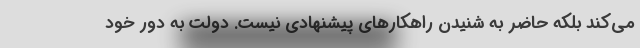
می‌کند بلکه حاضر به شنیدن راهکارهای پیشنهادی نیست. دولت به دور خود